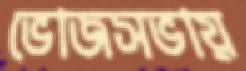
ভোজসভায়